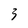
Character: 3